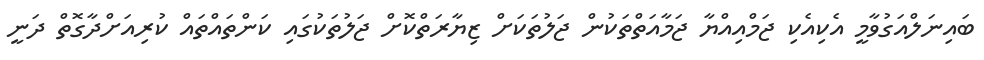
ބައިނަލްއަގުވާމީ އެކިއެކި ޖަމްއިއްޔާ ޖަމާއަތްތަކުން ޖަލުތަކަށް ޒިޔާރަތްކޮށް ޖަލުތަކުގައި ކަންތައްތައް ކުރިއަށްދާގޮތް ދަނީ